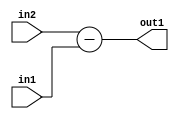
`timescale 1ps / 1ps
/*****************************************************************************
    Verilog RTL Description
    
    
    Created by: Stratus DpOpt 2019.1.01 
*******************************************************************************/

module st_weight_addr_gen_Sub_16Ux16U_17S_4_2 (
	in2,
	in1,
	out1
	); /* architecture "behavioural" */ 
input [15:0] in2,
	in1;
output [16:0] out1;
wire [16:0] asc001;

assign asc001 = 
	+(in2)
	-(in1);

assign out1 = asc001;
endmodule

/* CADENCE  ubDyQw8= : u9/ySgnWtBlWxVPRXgAZ4Og= ** DO NOT EDIT THIS LINE ******/